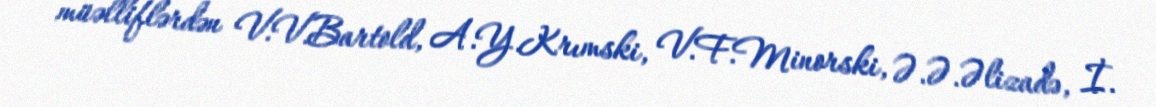
müəlliflərdən V.V.Bartold, A.Y.Krımski, V.F.Minorski, Ə.Ə.Əlizadə, İ.